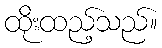
ထိုးထည့်သည်။